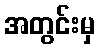
အတွင်းမှ